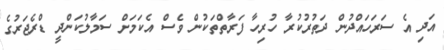
އަދި އެ ސަރަހައްދުން ދަތުރުކުރާ ހުރިހާ ފަރާތްތަކުން ވެސް އެކަމަށް ސަމާލުކަންދީ ޑްރެޖަރުގެ